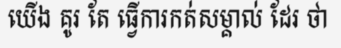
យើង គូរ តែ ធ្វើការកត់សម្គាល់ ដែរ ថា